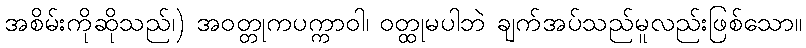
အစိမ်းကိုဆိုသည်၊) အဝတ္တုကပက္ကာဝါ၊ ဝတ္ထုမပါဘဲ ချက်အပ်သည်မူလည်းဖြစ်သော။